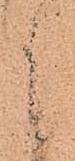
々